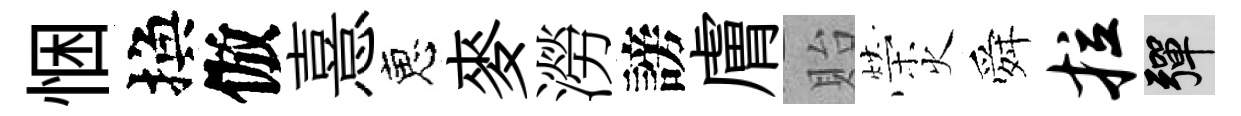
悃換倣憙恵麥澇謗膚貽榮火舜拉彈